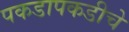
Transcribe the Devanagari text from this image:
पकडापकडीचे